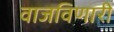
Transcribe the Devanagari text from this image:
वाजविणारी